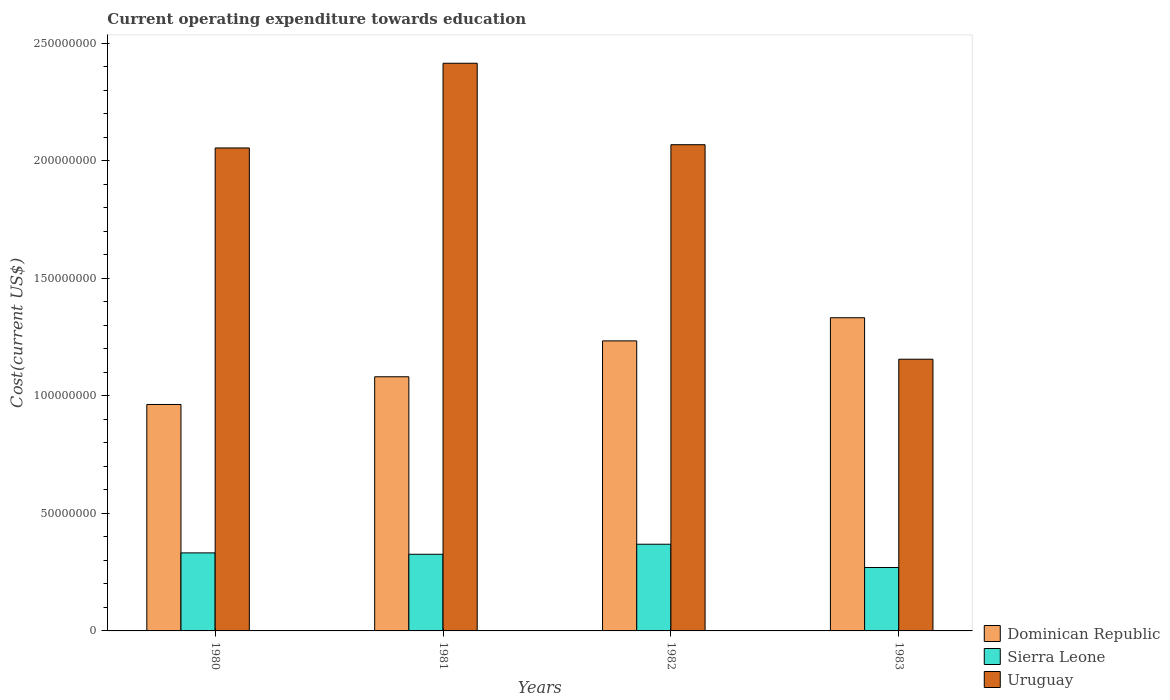
| Years | Dominican Republic | Sierra Leone | Uruguay |
 | --- | --- | --- | --- |
 | 1980 | 9.63e+07 | 3.32e+07 | 2.05e+08 |
 | 1981 | 1.08e+08 | 3.26e+07 | 2.41e+08 |
 | 1982 | 1.23e+08 | 3.69e+07 | 2.07e+08 |
 | 1983 | 1.33e+08 | 2.7e+07 | 1.16e+08 |